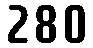
280